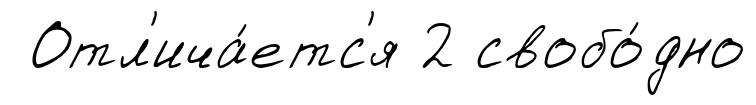
Отл'ича́етс'я 2 свобо́дно